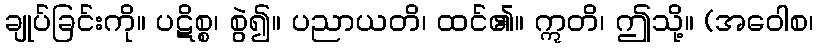
ချုပ်ခြင်းကို။ ပဋိစ္စ၊ စွဲ၍။ ပညာယတိ၊ ထင်၏။ ဣတိ၊ ဤသို့။ (အဝေါစ၊